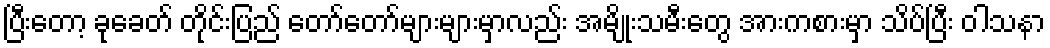
ပြီးတော့ ခုခေတ် တိုင်းပြည် တော်တော်များများမှာလည်း အမျိုးသမီးတွေ အားကစားမှာ သိပ်ပြီး ဝါသနာ